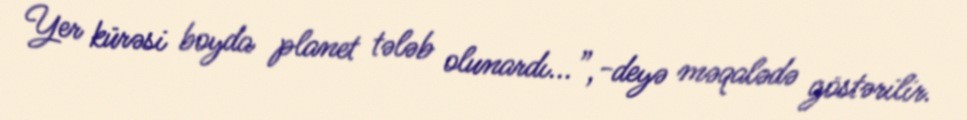
Yer kürəsi boyda planet tələb olunardı...”,-deyə məqalədə göstərilir.